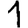
Digit: 1